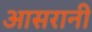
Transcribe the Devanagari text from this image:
आसरानी